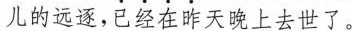
儿的远逐，已经在昨天晚上去世了。